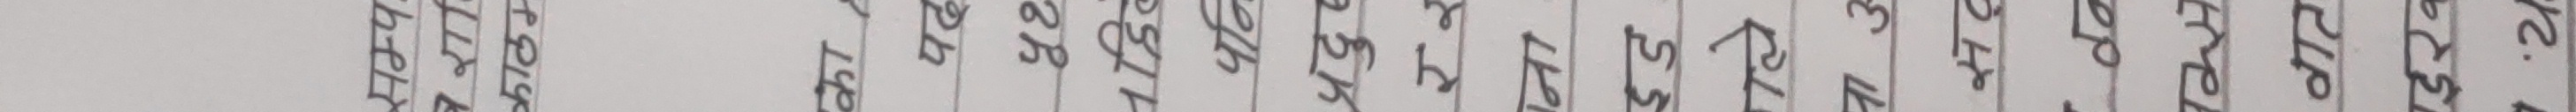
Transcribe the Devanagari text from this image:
सम्प
वर्गा
काठम
का
पढ
५१
पहि
पनि
प्रदुष
रर
ना
इड
सद
वात
इख